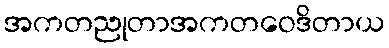
အကတညုတာအကတဝေဒိတာယ